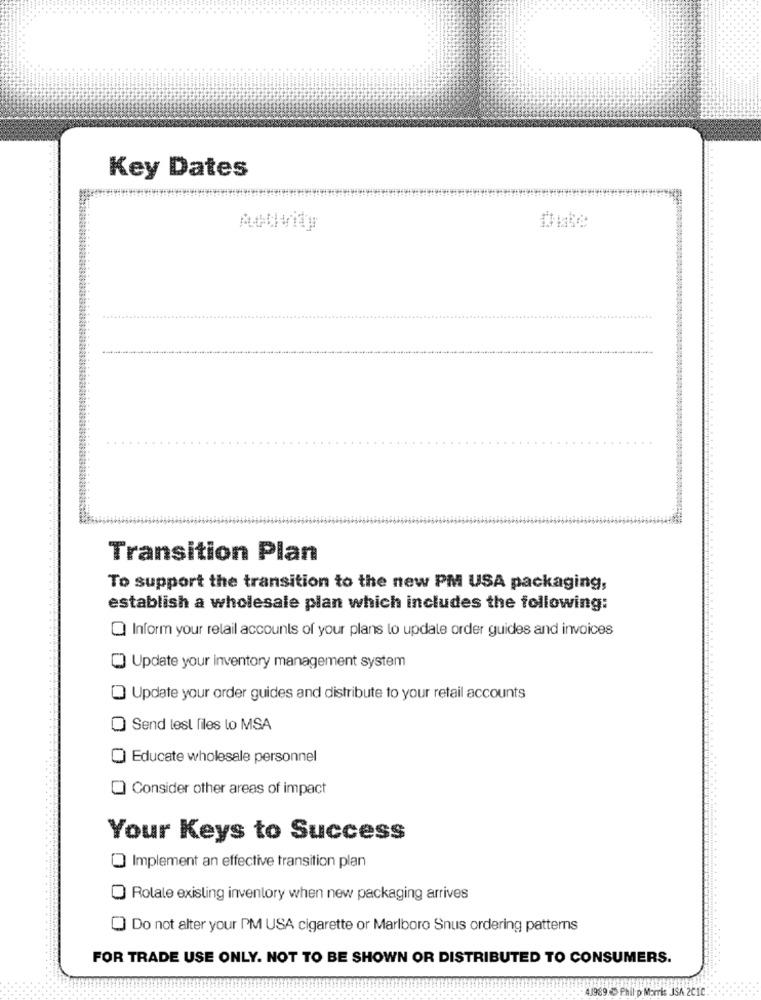
Key Dates
Activity
Mite
Transition Plan
To support the transition to the new PM USA packaging,
establish a wholesale plan which includes the following:
Inform your retail accounts of your plans lo update order guides and invoices
Update your inventory management system
Update your order guides and distribute to your retail accounts
Send lest files lo MSA
Educate wholesale personnel
Consider other areas of impact
Your Keys to Success
Implement an effective transition plan
Rolale existing inventory when new packaging arrives
Do not alter your PM USA cigarette or Marlboro Snus ordering patterns
FOR TRADE USE ONLY. NOT TO BE SHOWN OR DISTRIBUTED TO CONSUMERS.
11989. Philip Morris JSA 2010